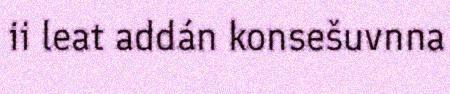
ii leat addán konsešuvnna